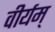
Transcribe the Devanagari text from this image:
वीर्यम्